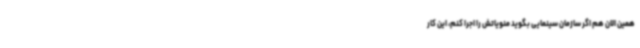
همین الان هم اگر سازمان سینمایی بگوید منویاتش را اجرا کنم، این کار